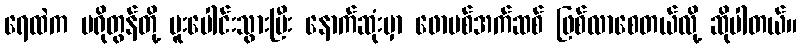
ရေထဲက ပရိုတွန်တို့ ပူးပေါင်းသွားပြီး နောက်ဆုံးမှာ ဖောမစ်အက်ဆစ် ဖြစ်လာစေတယ်လို့ ဆိုပါတယ်။